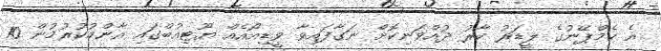
އެ ކެމްޕޭނުގެ ލީޑަރު ކާރު ދުއްވަނިކޮށް ނަގާފައިވާ ވީޑިއޯއެއް ޔޫޓިއުބްގައި އާންމުކުރުމުން 10